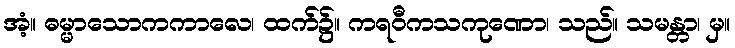
အံ့။ ဓမ္မာသောကကာလေ၊ ထက်၌။ ကရဝီကသကုဏော၊ သည်။ သမန္တာ၊ မှ။